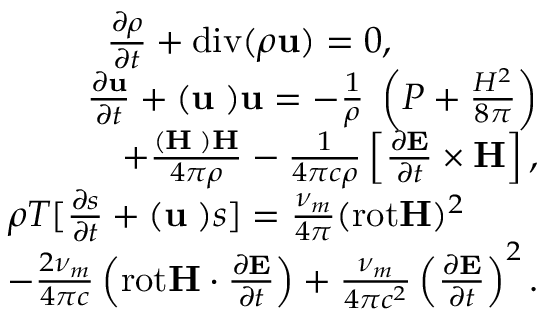
\begin{array} { r } { \frac { \partial \rho } { \partial t } + \mathrm { d i v } ( \rho { \bf u } ) = 0 , \qquad \qquad } \\ { \frac { \partial { \bf u } } { \partial t } + ( { \bf u \nabla ) u } = - \frac { 1 } { \rho } { \bf \nabla } \left( P + \frac { H ^ { 2 } } { 8 \pi } \right) } \\ { + \frac { ( { \bf H \nabla ) H } } { 4 \pi \rho } - \frac { 1 } { 4 \pi c \rho } \left[ \frac { \partial { \bf E } } { \partial t } \times { \bf H } \right] , } \\ { \rho T [ \frac { \partial { s } } { \partial t } + ( { \bf u \nabla ) } s ] = \frac { \nu _ { m } } { 4 \pi } ( \mathrm { r o t } { \bf H } ) ^ { 2 } \qquad } \\ { - \frac { 2 \nu _ { m } } { 4 \pi c } \left( \mathrm { r o t } { \bf H } \cdot \frac { \partial { \bf E } } { \partial t } \right) + \frac { \nu _ { m } } { 4 \pi c ^ { 2 } } \left( \frac { \partial { \bf E } } { \partial t } \right) ^ { 2 } . } \end{array}